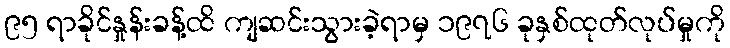
၉၅ ရာခိုင်နှုန်းခန့်ထိ ကျဆင်းသွားခဲ့ရာမှ ၁၉၇၆ ခုနှစ်ထုတ်လုပ်မှုကို